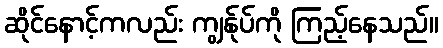
ဆိုင်နောင့်ကလည်း ကျွန်ုပ်ကို ကြည့်နေသည်။